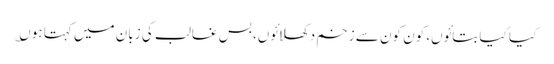
کیا کیا بتائوں، کون کون سے زخم دکھلائوں، بس غالب کی زبان میں کہتا ہوں؎